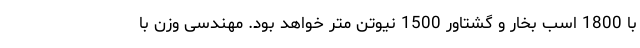
با 1800 اسب بخار و گشتاور 1500 نیوتن متر خواهد بود. مهندسی وزن با